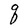
Character: q